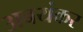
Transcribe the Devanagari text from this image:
अबयंकर